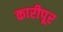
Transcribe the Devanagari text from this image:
कारीपूर